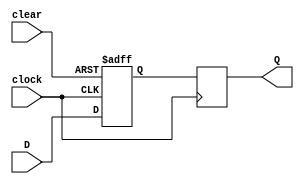
module d_flip_flop (
    input wire D,
    input wire clock,
    input wire clear,
    output reg Q
);

reg Q_temp;

always @ (posedge clock or posedge clear)
begin
    if(clear)
        Q_temp <= 0;
    else
        Q_temp <= D;
end

always @ (posedge clock)
begin
    Q <= Q_temp;
end

endmodule